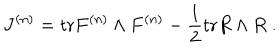
J ^ { ( n ) } = \mathrm { t r } F ^ { ( n ) } \wedge F ^ { ( n ) } - \frac { 1 } { 2 } \mathrm { t r } R \wedge R \; .